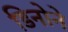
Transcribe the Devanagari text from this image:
डिनोने